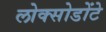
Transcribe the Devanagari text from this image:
लोक्सोडोंटे